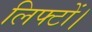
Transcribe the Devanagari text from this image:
लिफ्टों।